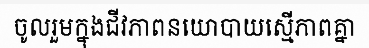
ចូលរួមក្នុងជីវភាពនយោបាយស្មើភាពគ្នា